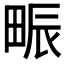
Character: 𤱼